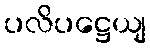
ပလိပဋ္ဌေယျ